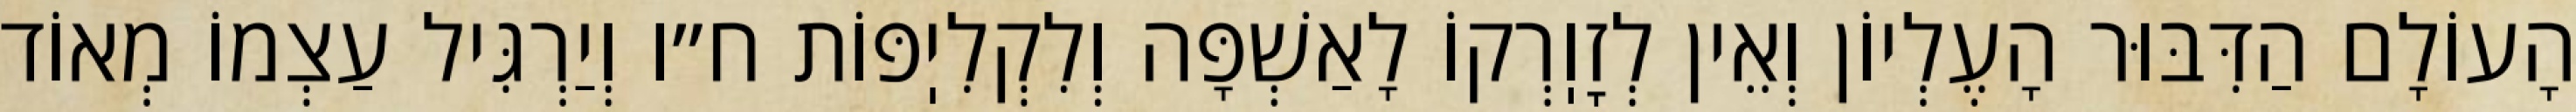
הָעוֹלָם הַדִּבּוּר הָעֶלְיוֹן וְאֵין לְזׇוֽרְקוֹ לָאַשְׁפָּה וְלִקְלִיֽפּוֹת ח״ו וְיַרְגִּיל עַצְמוֹ מְאוֹד